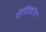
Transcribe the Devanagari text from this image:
वैदिकांत